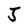
Character: J